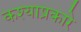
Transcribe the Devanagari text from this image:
कश्याप्रकारे